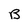
Character: B